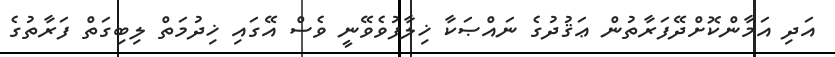
އަދި އަމާންކޮށްދޭފަރާތުން ޢަޤުދުގެ ނައްޞަކާ ޚިލާފުވެވޭނީ ވެސް އޭގައި ޚިދުމަތް ލިބިގަތް ފަރާތުގެ